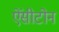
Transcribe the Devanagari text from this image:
ऐंसीटोन